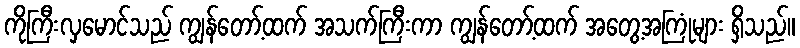
ကိုကြီးလှမောင်သည် ကျွန်တော့်ထက် အသက်ကြီးကာ ကျွန်တော့်ထက် အတွေ့အကြုံများ ရှိသည်။